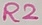
Text: R2